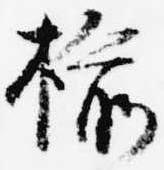
楡